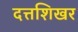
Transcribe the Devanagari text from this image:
दत्तशिखर